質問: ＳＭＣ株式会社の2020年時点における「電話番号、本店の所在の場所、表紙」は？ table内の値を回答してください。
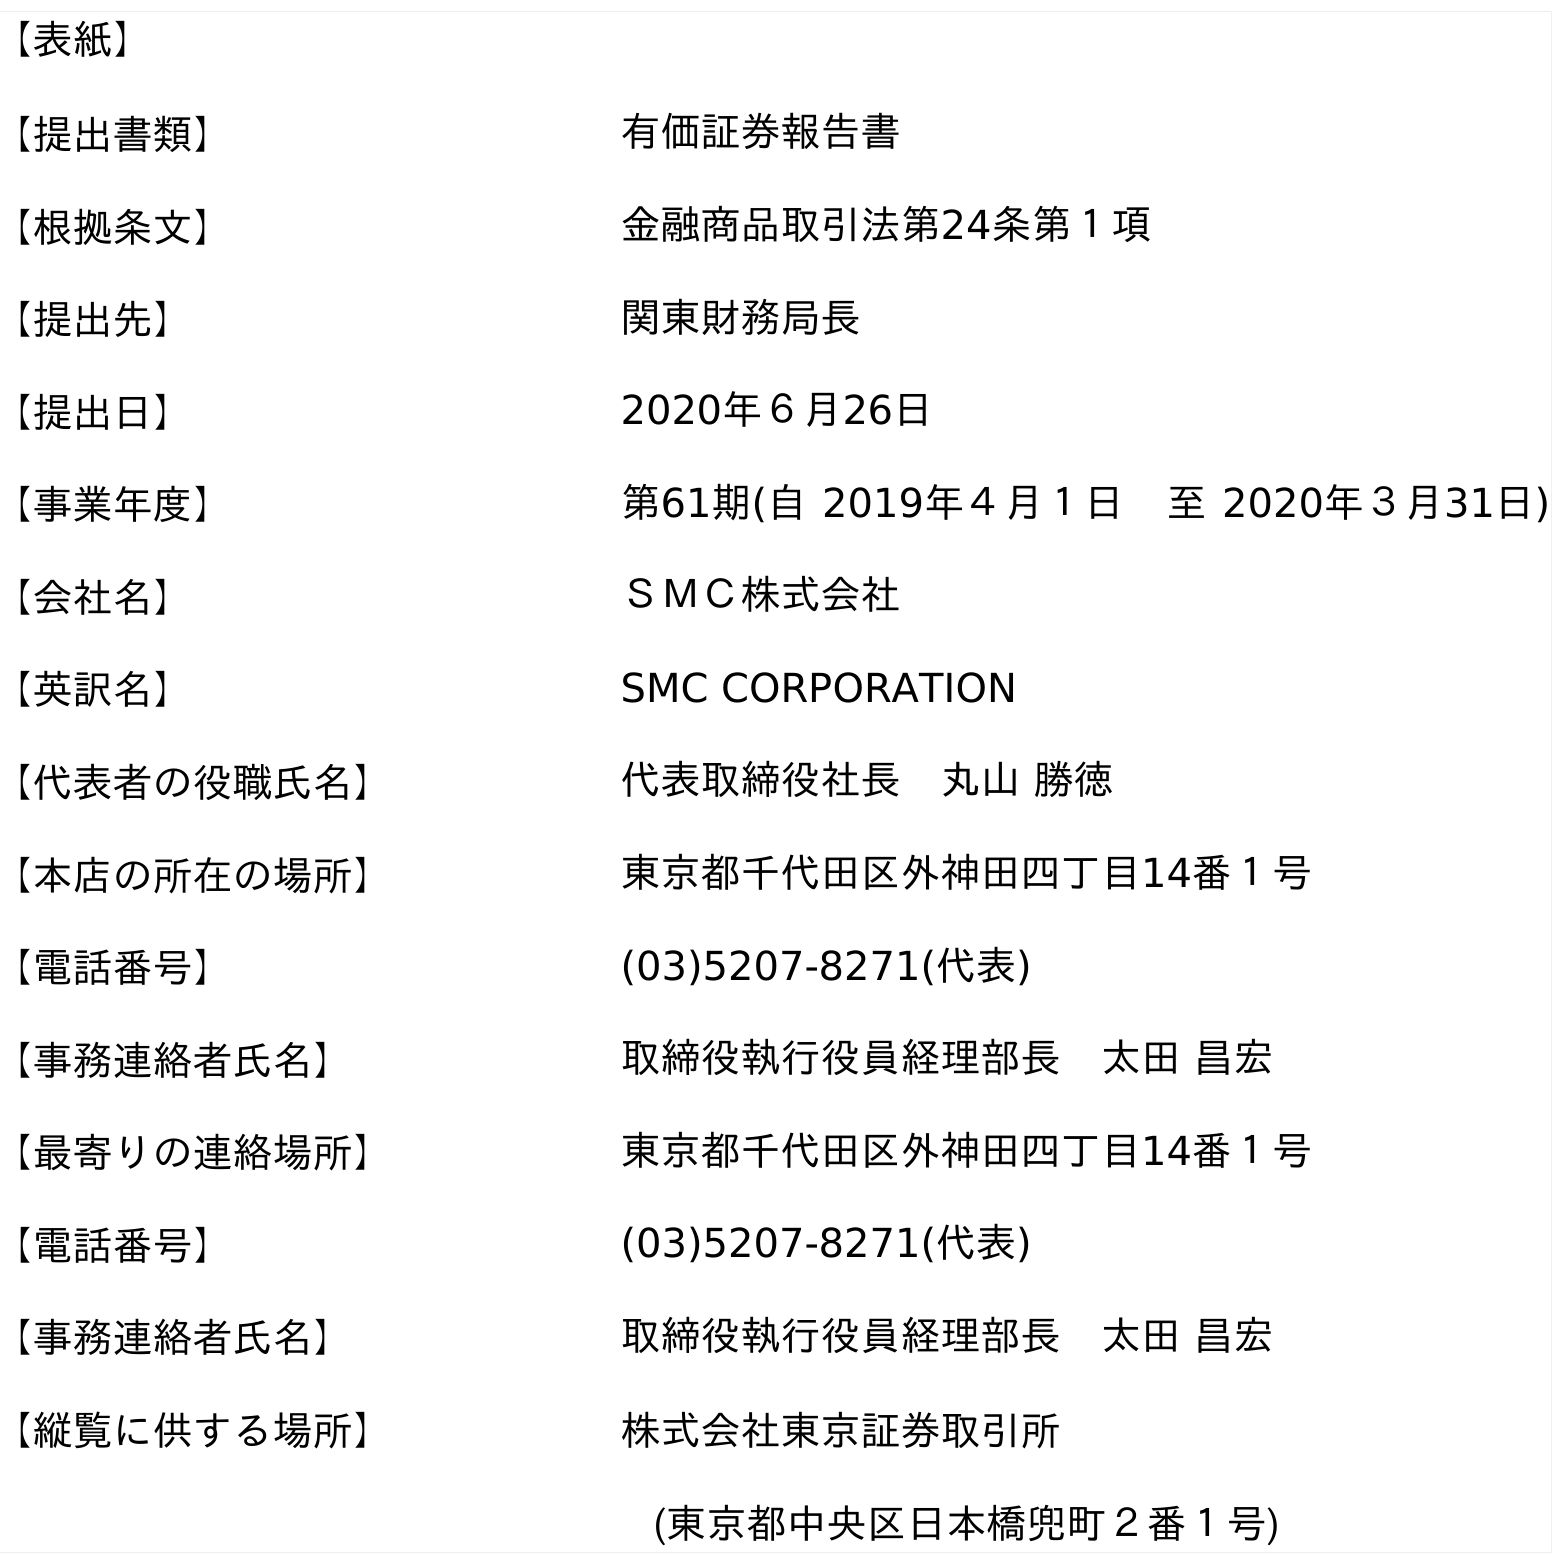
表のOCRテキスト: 【表紙】 【提出書類】 有価証券報告書 【根拠条文】 金融商品取引法第24条第１項 【提出先】 関東財務局長 【提出日】 2020年６月26日 【事業年度】 第61期(自 2019年４月１日 至 2020年３月31日) 【会社名】 ＳＭＣ株式会社 【英訳名】 SMC CORPORATION 【代表者の役職氏名】 代表取締役社長 丸山 勝徳 【本店の所在の場所】 東京都千代田区外神田四丁目14番１号 【電話番号】 (03)5207-8271(代表) 【事務連絡者氏名】 取締役執行役員経理部長 太田 昌宏 【最寄りの連絡場所】 東京都千代田区外神田四丁目14番１号 【電話番号】 (03)5207-8271(代表) 【事務連絡者氏名】 取締役執行役員経理部長 太田 昌宏 【縦覧に供する場所】 株式会社東京証券取引所 (東京都中央区日本橋兜町２番１号)
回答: (03)5207-8271(代表)